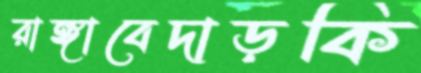
রাঙ্গাবেদাড়কি